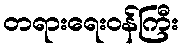
တရားရေးဝန်ကြီး